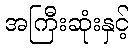
အကြီးဆုံးနှင့်